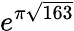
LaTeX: e^{\pi{\sqrt{163}}}